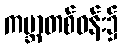
ကမ္ဘာတစ်ဝန်း၌